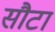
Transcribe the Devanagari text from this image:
सौटा